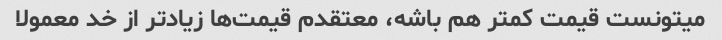
میتونست قیمت کمتر هم باشه، معتقدم قیمت‌ها زیادتر از خد معمولا